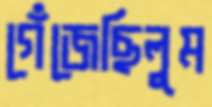
গেঁজেছিলুম